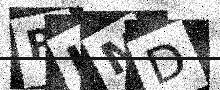
Text: RLMD